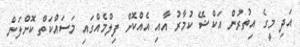
އަދި މީގެ އިތުރުން އަކްޝޭ ކުމާރު އާއި އެއްކޮށް ފިލްމެއްގައި މަސައްކަތް ކޮށްލަން